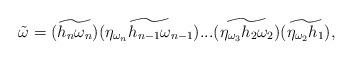
LaTeX: \begin{align*}\tilde{\omega}=(\widetilde{h_n\omega_n})(\widetilde{\eta_{\omega_n}h_{n-1}\omega_{n-1}}) ...(\widetilde{\eta_{\omega_3}h_2\omega_2})(\widetilde{\eta_{\omega_2}h_1}),\end{align*}